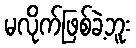
မလိုက်ဖြစ်ခဲ့ဘူး